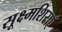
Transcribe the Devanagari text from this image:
सूक्ष्मशिराएँ